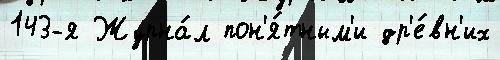
143-я Журна́л пон'я́тным'и др'е́вн'их